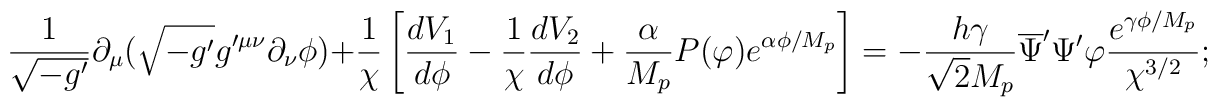
\frac{1}{\sqrt{-g^{\prime}}}\partial_{\mu}(\sqrt{-g^{\prime}}g^{\prime\mu\nu}\partial_{\nu}\phi)+ \frac{1}{\chi}\left[\frac{dV_{1}}{d\phi}-\frac{1}{\chi}\frac{dV_{2}}{d\phi}+\frac{\alpha}{M_{p}}P(\varphi)e^{\alpha\phi /M_{p}}\right]=-\frac{h\gamma}{\sqrt{2}M_{p}}\overline{\Psi}^{\prime}\Psi^{\prime} \varphi \frac{e^{\gamma\phi/M_{p}}}{\chi^{3/2}};